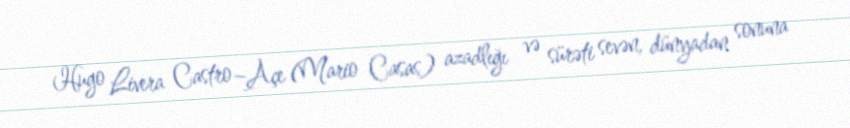
Hugo Livera Castro –Açe (Mario Casas) azadlığı və sürəti sevən, dünyadan sonuna